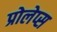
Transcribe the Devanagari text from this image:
प्रोलेप्स